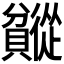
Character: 𬥯